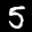
Label: 5